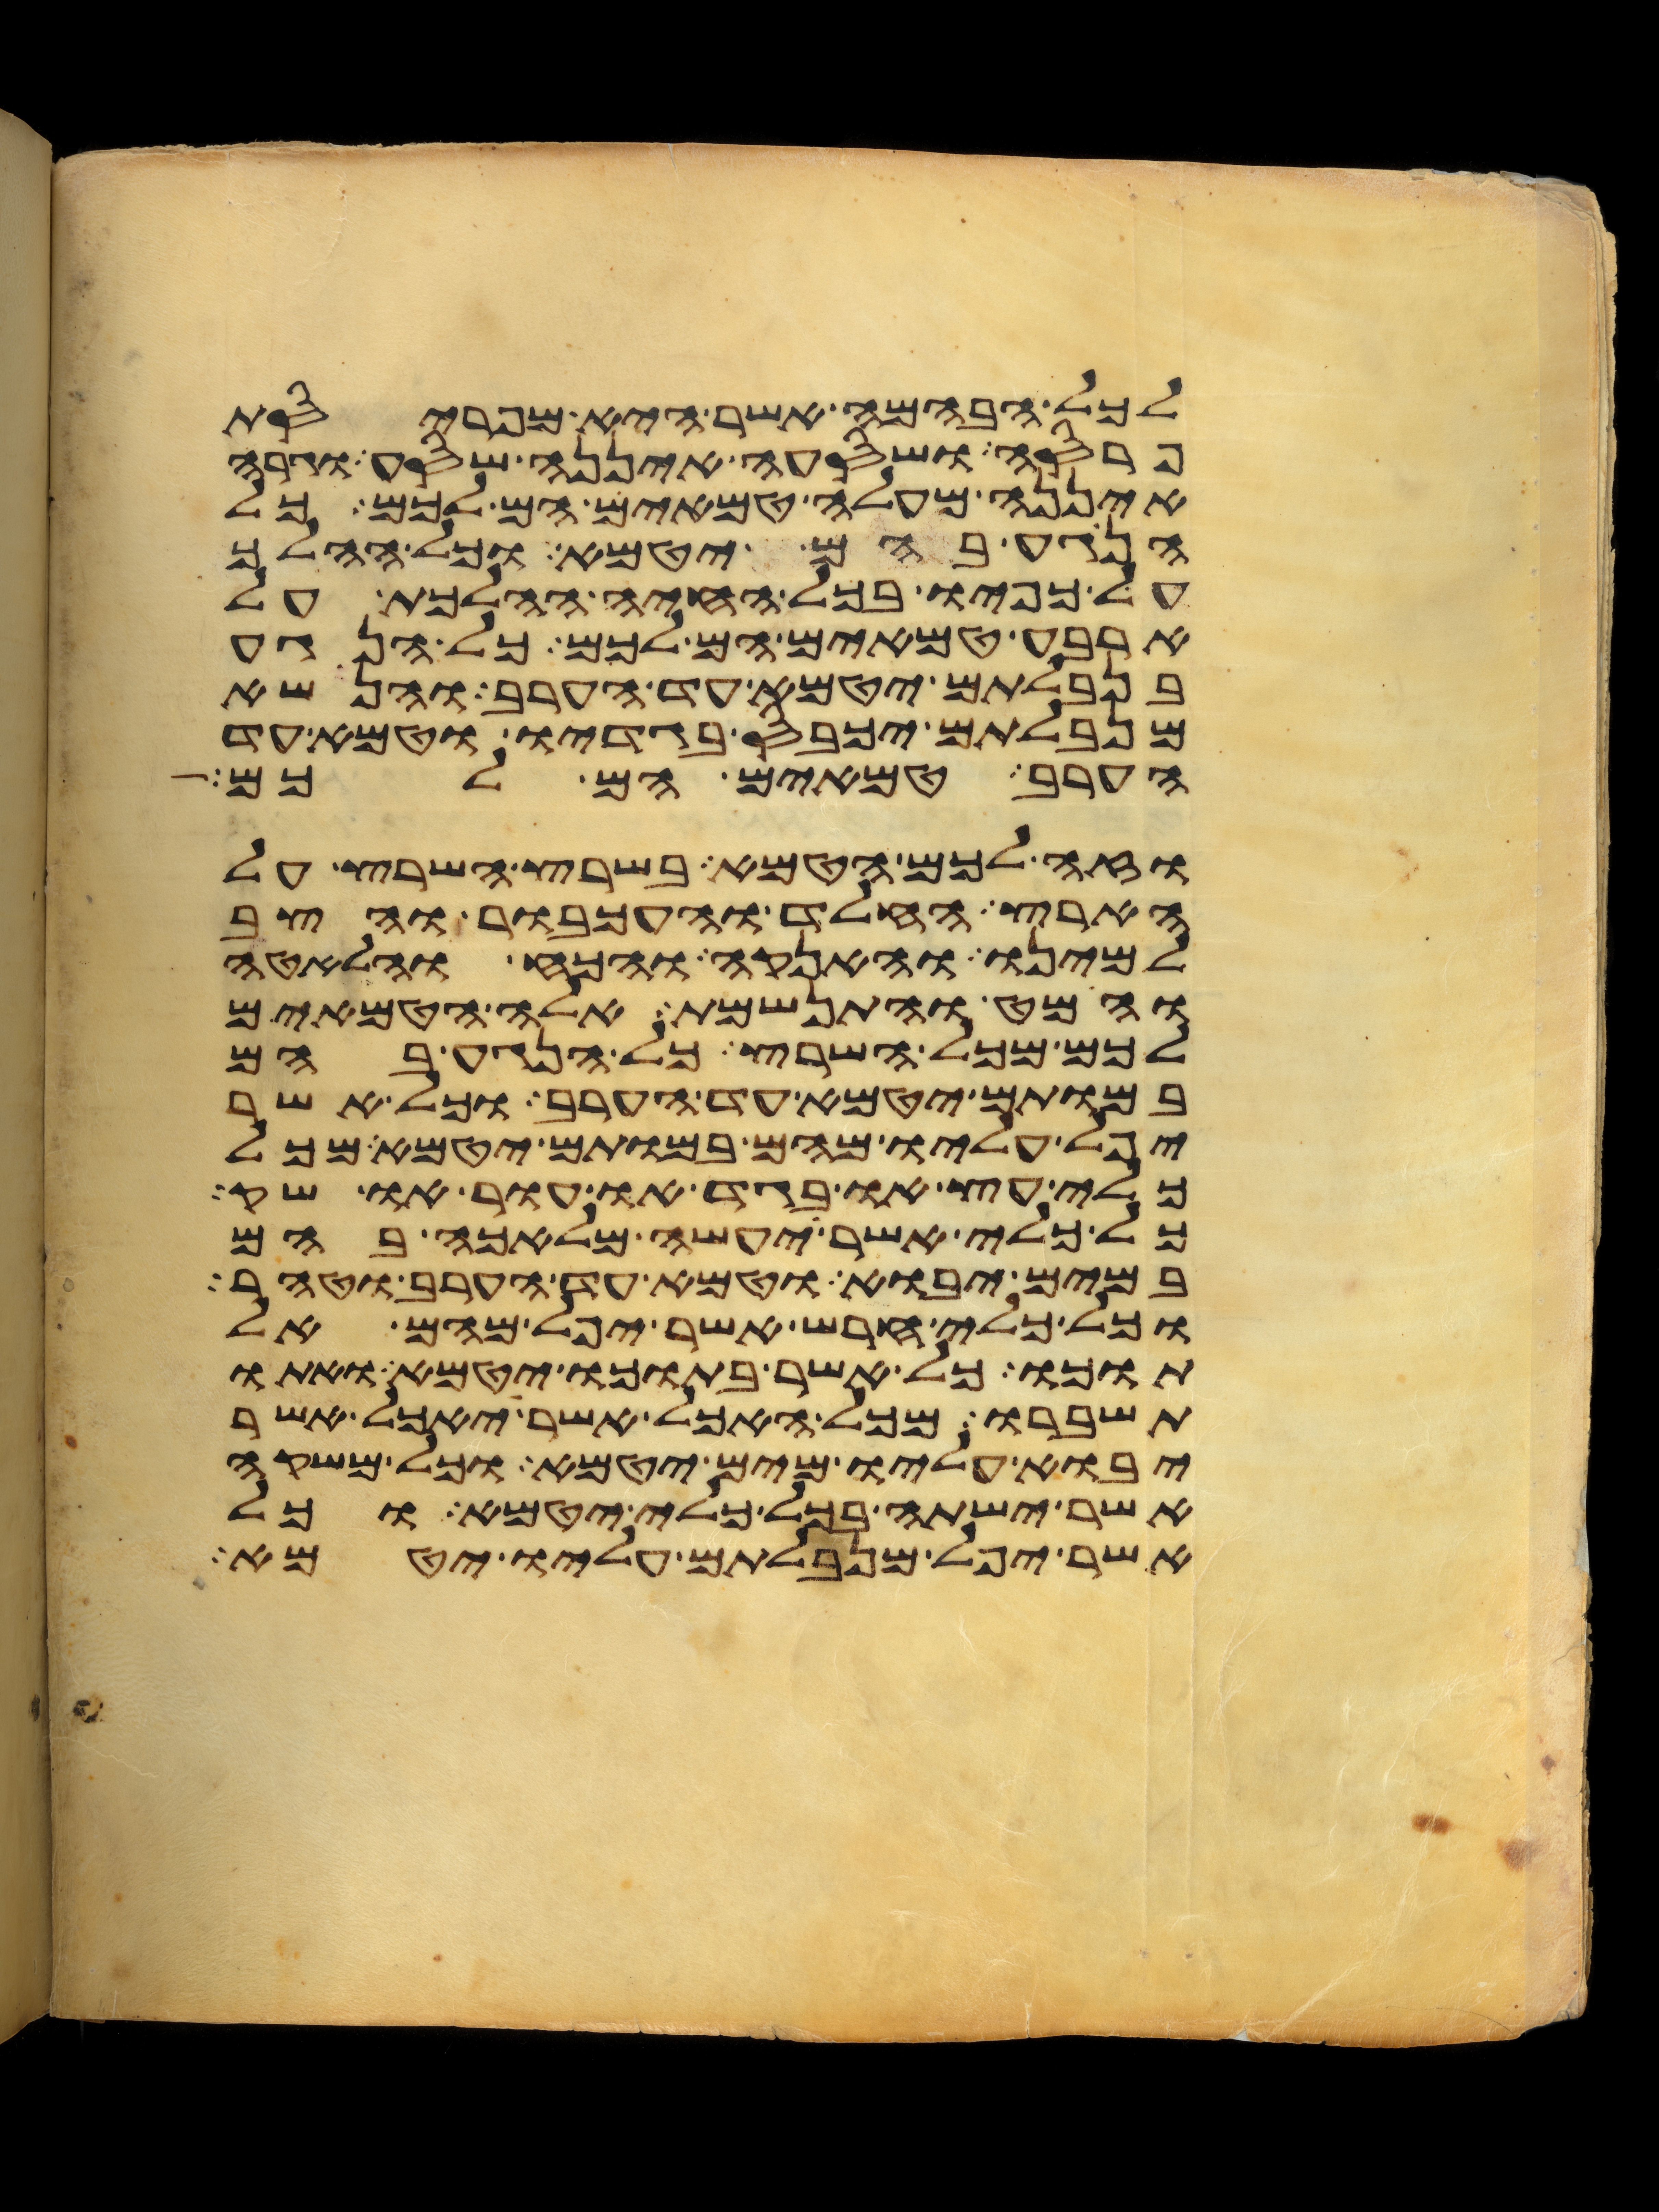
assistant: לכל הבהמה אשר היא מפריסת
פרסה ושסעה איננה שסע וגרה
איננה מעלה טמאים הם לכם כל
הנגע בהם יטמא וכל ההלך
על כפיו בכל החיה ההלכת על
ארבע טמאים הם לכם כל הנגע
בנבלתם יטמא עד הערב והנשא
מנבלתם יכבס בגדיו וטמא עד
הערב טמאים הם לכם
וזה לכם הטמא בשרץ השרץ על
הארץ החלד והעכבור והצב
למינו והאנקה והכח והלאטה
והמט והתנשמת אלה הטמאים
לכם מכל השרץ כל הנגע בהם
במותם יטמא עד הערב וכל אשר
יפל עליו מהם במותם יטמא מכל
כלי עץ או בגד או עור או שק
כל כלי אשר יעשה מלאכה בהם
במים יבוא וטמא עד הערב וטהר
וכל כלי חרש אשר יפל מהם אל
תוכו כל אשר בתוכו יטמא ואתו
תשברו מכל האכל אשר יאכל אשר
יבוא עליו מים יטמא וכל משקה
אשר ישתה בכל כלי יטמא וכל
אשר יפל מנבלתם עליו יטמא